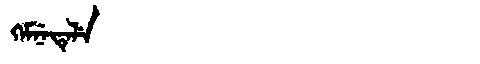
Manchu: ᡴᡝᠮᠨᡝᡨᡝᠯᡝ
Romanization: KEMNETELE